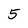
Character: 5